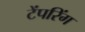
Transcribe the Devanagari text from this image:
टेंपरिंग